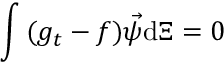
\int { ( g _ { t } - f ) \vec { \psi } \mathrm { d } \Xi } = 0